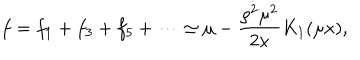
LaTeX: f = f _ { 1 } + f _ { 3 } + f _ { 5 } + \cdots \simeq \mu - \frac { \rho ^ { 2 } \mu ^ { 2 } } { 2 x } K _ { 1 } ( \mu x ) ,